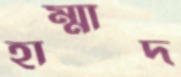
হাম্মাদ